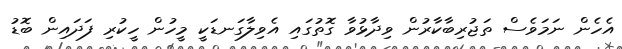
އެހެން ނަމަވެސް ތަޖުރިބާކާރުން ވިދާޅުވާ ގޮތުގައި އެވިލާގަނޑަކީ މީހުން ހީކުރި ފަދައިން ބޮޑު